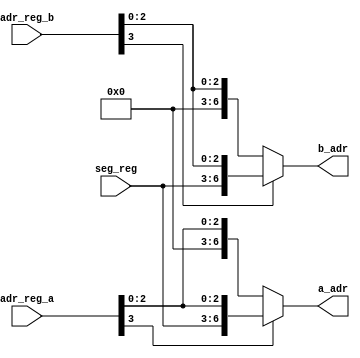
// address generation register RAM
// use of segmentation 

module zmc_adr_gen (
	seg_reg,
	adr_reg_a,
	adr_reg_b,
	a_adr,
	b_adr
);

parameter seg_reg_wl	= 4;	// segment register width
parameter adr_reg_wl	= 4;	// address register width
parameter ram_adr_wl 	= seg_reg_wl + adr_reg_wl -1; 	// RAM address width, 7 from documentation 

input	[seg_reg_wl-1:0] 	seg_reg;	// segment register
input	[adr_reg_wl-1:0] 	adr_reg_a;	// address register A
input	[adr_reg_wl-1:0] 	adr_reg_b;	// address register B
output	[ram_adr_wl-1:0] 	a_adr;		// ram address A
output	[ram_adr_wl-1:0] 	b_adr;		// ram address B

reg		[ram_adr_wl-1:0] 	a_adr;		// ram address A
reg		[ram_adr_wl-1:0] 	b_adr;		// ram address B

always @ (*)
	begin
		if(adr_reg_a[adr_reg_wl-1] == 0)		// highest bit of adr_reg
			begin	// lower addresses
				a_adr = {4'b0000,adr_reg_a[adr_reg_wl-2:0]};		// 0000 XXX
			end
		else
			begin
				a_adr = {seg_reg,adr_reg_a[adr_reg_wl-2:0]};		// XXXX XXX
			end
			
			
		if(adr_reg_b[adr_reg_wl-1] == 0)		// highest bit of adr_reg
			begin	// lower addresses
				b_adr = {4'b0000,adr_reg_b[adr_reg_wl-2:0]};
			end
		else
			begin
				b_adr = {seg_reg,adr_reg_b[adr_reg_wl-2:0]};		// seg	adr
			end
	end	
	endmodule